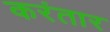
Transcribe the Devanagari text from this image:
करंतार